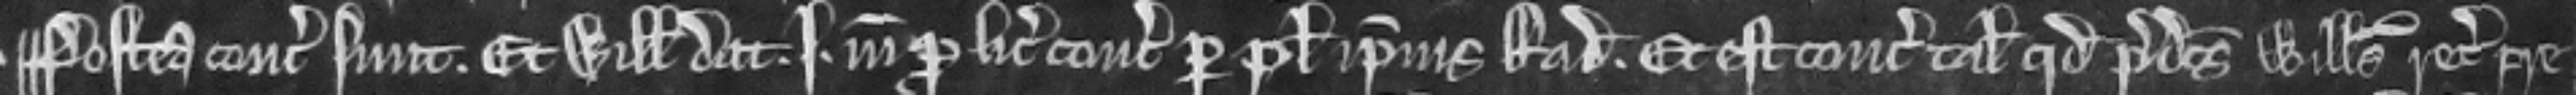
¶ Postea concordati sunt. Et Willelmus dat i marcam pro licencia concordandi per plegium ipsius Radulfi. Et est concordia talis quod predictus Willelmus recognovit pre